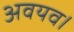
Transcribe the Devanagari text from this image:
अवयव।